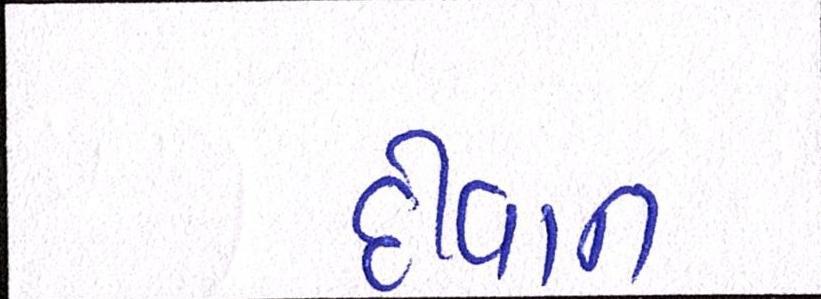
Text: દીવાન